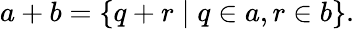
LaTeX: a+b=\{ q+r\mid q\in a,r\in b\} .